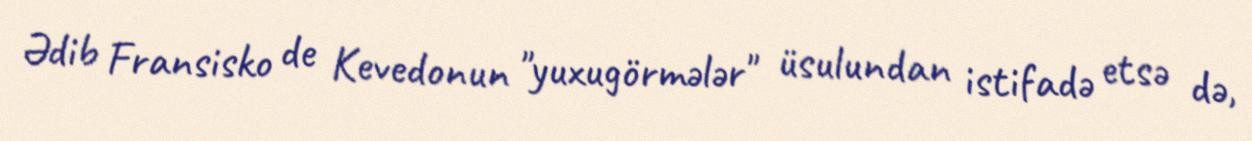
Ədib Fransisko de Kevedonun "yuxugörmələr" üsulundan istifadə etsə də,